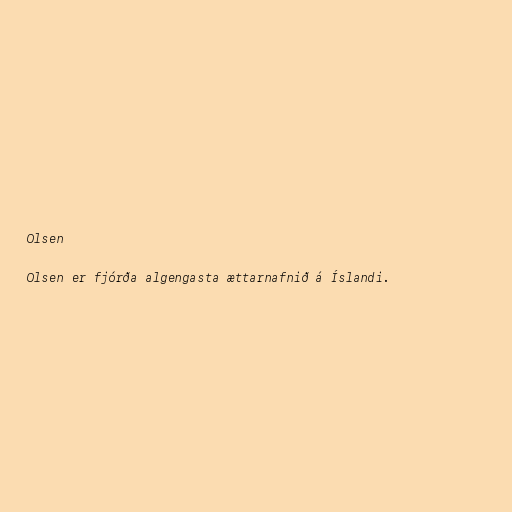
Olsen

Olsen er fjórða algengasta ættarnafnið á Íslandi.